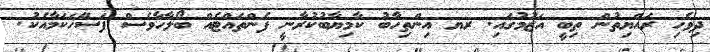
ދިވެހި ރައްޔިތުން ތިބީ އަޒުމުގައި. ރޔ އިންތިހާބު ކާމިޔާބުކުރާނީ ފެންތައްޓެއް ބޯލާހާވެސް ފަސޭހަކަމާއެކު.